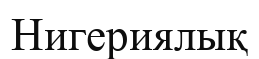
Нигериялық